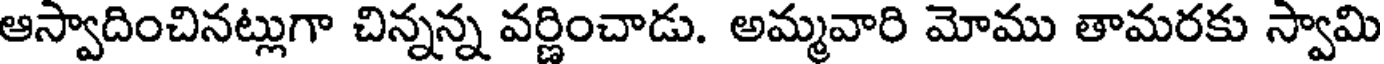
ఆస్వాదించినట్లుగా చిన్నన్న వర్ణించాడు. అమ్మవారి మోము తామరకు స్వామి